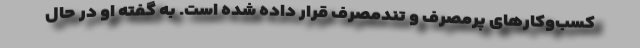
کسب‌وکارهای پرمصرف و تندمصرف قرار داده شده است. به گفته او در حال